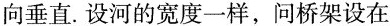
向垂直.设河的宽度一样，问桥架设在